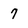
Character: 7